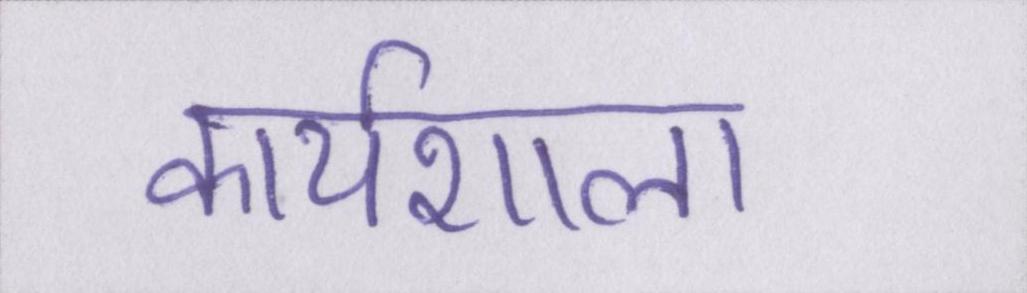
कार्यशाला